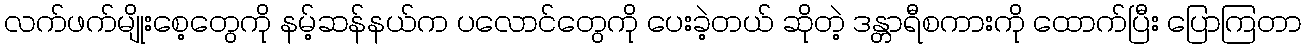
လက်ဖက်မျိုးစေ့တွေကို နမ့်ဆန်နယ်က ပလောင်တွေကို ပေးခဲ့တယ် ဆိုတဲ့ ဒန္တာရီစကားကို ထောက်ပြီး ပြောကြတာ